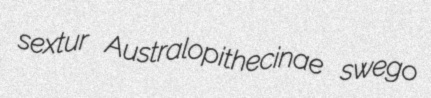
sextur Australopithecinae swego